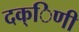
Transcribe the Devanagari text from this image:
दक्िणी